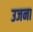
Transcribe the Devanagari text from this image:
उजना